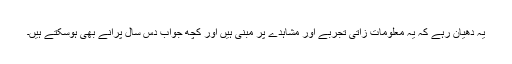
یہ دھیان رہے کہ یہ معلومات زاتی تجربے اور مشاہدے پر مبنی ہیں اور کچھ جواب دس سال پرانے بھی ہوسکتے ہیں۔